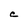
Character: C